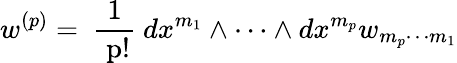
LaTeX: w^{(p)}=\mathrm{~{\frac{1}{~p!}}~}dx^{m_{1}}\wedge\cdots\wedge dx^{m_{p}}w_{m_{p}\cdots m_{1}}